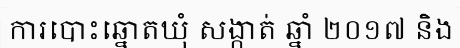
ការបោះឆ្នោតឃុំ សង្កាត់ ឆ្នាំ ២០១៧ និង